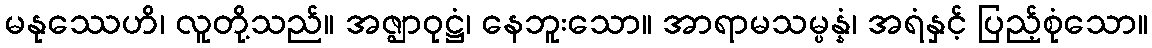
မနုဿေဟိ၊ လူတို့သည်။ အဇ္ဈာဝုဋ္ဌံ၊ နေဘူးသော။ အာရာမသမ္ပန္နံ၊ အရံနှင့် ပြည့်စုံသော။